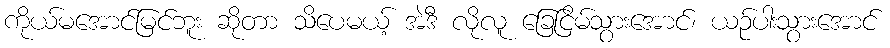
ကိုယ်မအောင်မြင်ဘူး ဆိုတာ သိပေမယ့် အဲဒီ လိုလူ ခြေငြိမ်သွားအောင်၊ ယဉ်ပါးသွားအောင်